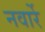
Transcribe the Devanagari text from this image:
नवार्रे